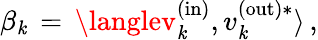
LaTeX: \beta_{\mathit{k}}\, =\, \langlev_{\mathit{k}}^{\mathrm{{(in)}}},v_{\mathit{k}}^{\mathrm{{(out)*}}}\rangle\, ,